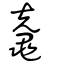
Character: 鼀